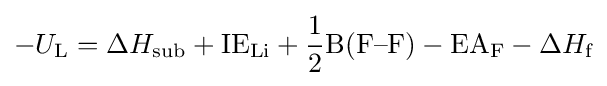
-U_{\text{L}}=\Delta H_{\text{sub}}+{\text{IE}}_{\text{Li}}+{\frac {1}{2}}{\text{B(F–F)}}-{\text{EA}}_{\text{F}}-\Delta H_{\text{f}}